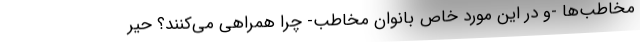
مخاطب‌ها -و در این مورد خاص بانوان مخاطب- چرا همراهی می‌کنند؟ حیر